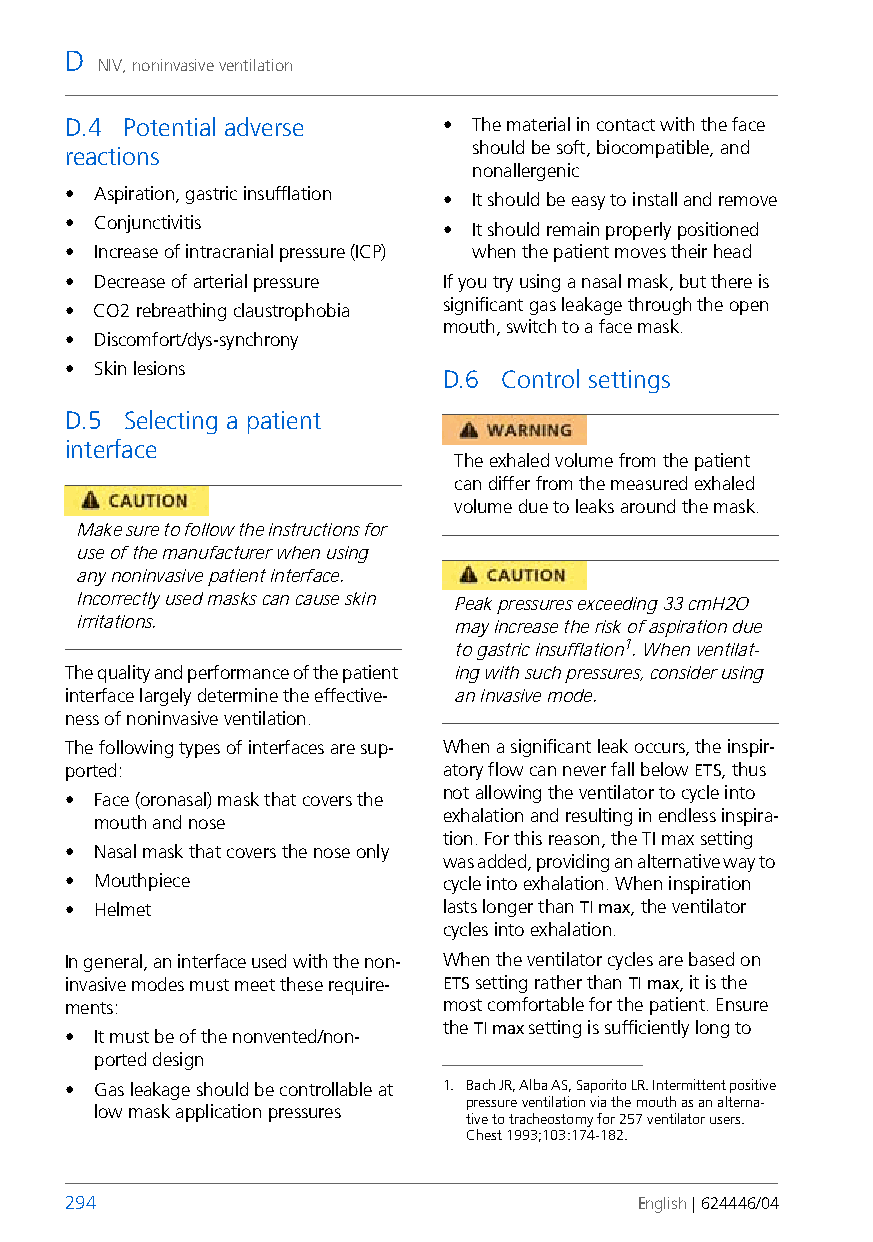
D
 NIV, noninvasive ventilation
 D.4 Potential adverse    • The material in contact with the face
 reactions                  should be soft, biocompatible, and
 nonallergenic
 • Aspiration, gastric insufflation • It should be easy to install and remove
 • Conjunctivitis         • It should remain properly positioned
 • Increase of intracranial pressure (ICP) when the patient moves their head
 • Decrease of arterial pressure If you try using a nasal mask, but there is
 significant gas leakage through the open
 • CO2 rebreathing claustrophobia
 mouth, switch to a face mask.
 • Discomfort/dys-synchrony
 • Skin lesions
 D.6 Control settings
 D.5 Selecting a patient
 interface
 The exhaled volume from the patient
 can differ from the measured exhaled
 volume due to leaks around the mask.
 Make sure to follow the instructions for
 use of the manufacturer when using
 any noninvasive patient interface.
 Incorrectly used masks can cause skin Peak pressures exceeding 33 cmH2O
 irritations.             may increase the risk of aspiration due
 to gastric insufflation1. When ventilat-
 The quality and performance of the patient ing with such pressures, consider using
 interface largely determine the effective- an invasive mode.
 ness of noninvasive ventilation.
 The following types of interfaces are sup- When a significant leak occurs, the inspir-
 ported:                  atory flow can never fall below ETS, thus
 not allowing the ventilator to cycle into
 • Face (oronasal) mask that covers the
 exhalation and resulting in endless inspira-
 mouth and nose
 tion. For this reason, the TImax setting
 • Nasal mask that covers the nose only
 was added, providing an alternative way to
 • Mouthpiece             cycle into exhalation. When inspiration
 • Helmet                 lasts longer than TImax, the ventilator
 cycles into exhalation.
 In general, an interface used with the non- When the ventilator cycles are based on
 invasive modes must meet these require- ETS setting rather than TI max, it is the
 ments:                   most comfortable for the patient. Ensure
 the TImax setting is sufficiently long to
 • It must be of the nonvented/non-
 ported design
 • Gas leakage should be controllable at 1. Bach JR, Alba AS, Saporito LR. Intermittent positive
 pressure ventilation via the mouth as an alterna-
 low mask application pressures
 tive to tracheostomy for 257 ventilator users.
 Chest 1993;103:174-182.
 294                                   English | 624446/04